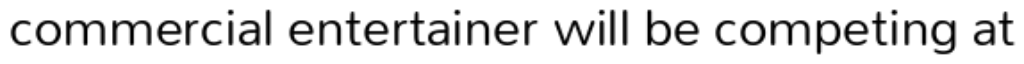
commercial entertainer will be competing at